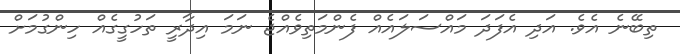
ތިބޭނެ އެވެ. އަދި އެފަދަ މައްސަލައެއް ފެންމަތިވެއްޖެ ނަަމަ އިދާރީ ތަހުގީގެއް ހިންގުމަށް